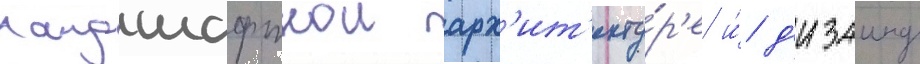
ландшафтнои арх'ит'екту́р'е и́ д'изаину